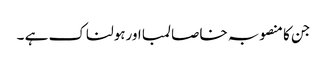
جن کا منصوبہ خاصا لمبا اورہولناک ہے ۔